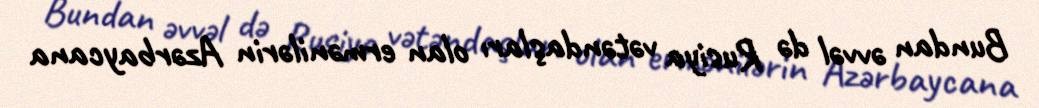
Bundan əvvəl də Rusiya vətəndaşları olan ermənilərin Azərbaycana